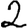
Digit: 2